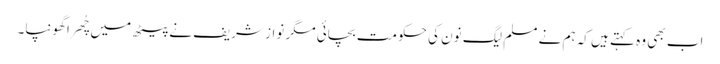
اب بھی وہ کہتے ہیں کہ ہم نے مسلم لیگ نون کی حکومت بچائی مگر نواز شریف نے پیٹھ میں چُھرا گھونپا۔